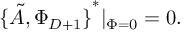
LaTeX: { \{ \tilde { A } , \Phi _ { D + 1 } \} } ^ { * } \vert _ { \Phi = 0 } = 0 .